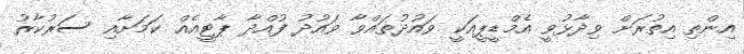
އިންތި އިތުރަށް ވިދާޅުވީ އެމްޑީޕީއަކީ ވައުދުތައްވާ ވައުދު ފުއްދާ ޕާޓީއެއް ކަމަށާއި ސަރުކާރު